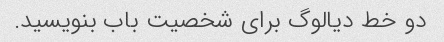
دو خط دیالوگ برای شخصیت باب بنویسید.